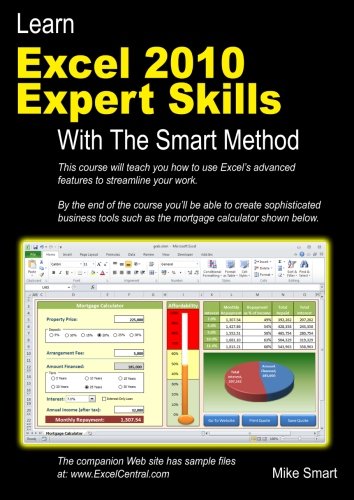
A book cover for Learn Excel 2010 Expert Skills with The Smart Method: Courseware Tutorial teaching Advanced  Techniques; Mike Smart; Computers & Technology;